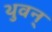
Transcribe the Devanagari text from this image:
थुवन्